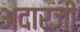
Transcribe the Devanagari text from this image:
अदारजी